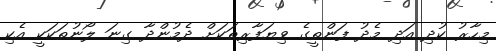
މިހާރު ކުދި އަދި މެދު ފަންތީގެ ވިޔަފާރިތަކަށް ދެމުންދާ ގިނަ ލޯނުތަކަކީ އެކި